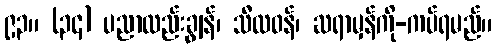
၉၃။ (၃၄) ပညာလည်းချွန်၊ သီလဝန်၊ ဆရာမှန်ကို-ကပ်ရမည်။